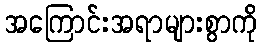
အကြောင်းအရာများစွာကို